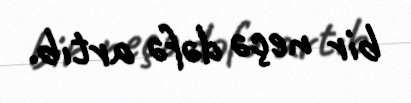
bir neçə dəfə artıb.